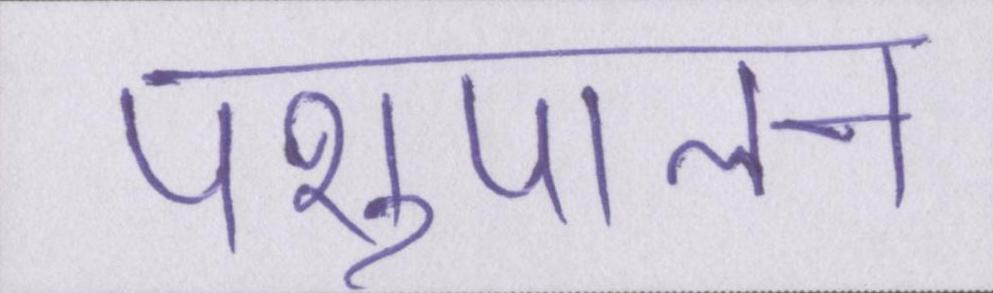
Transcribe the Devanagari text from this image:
पशुपालन